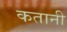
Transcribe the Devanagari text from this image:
कतानी